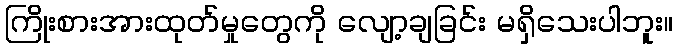
ကြိုးစားအားထုတ်မှုတွေကို လျော့ချခြင်း မရှိသေးပါဘူး။